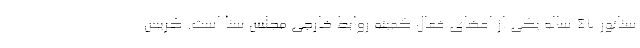
سناتور ۴۷ ساله یکی از اعضای فعال کمیته روابط خارجی مجلس سنا است. کریس